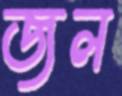
জল